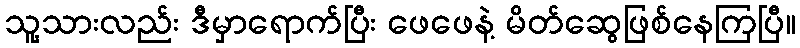
သူ့သားလည်း ဒီမှာရောက်ပြီး ဖေဖေနဲ့ မိတ်ဆွေဖြစ်နေကြပြီ။